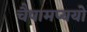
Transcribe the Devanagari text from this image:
चैषामप्ययो